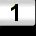
Digit: 1